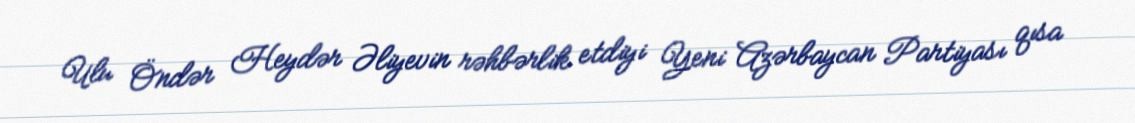
Ulu Öndər Heydər Əliyevin rəhbərlik etdiyi Yeni Azərbaycan Partiyası qısa